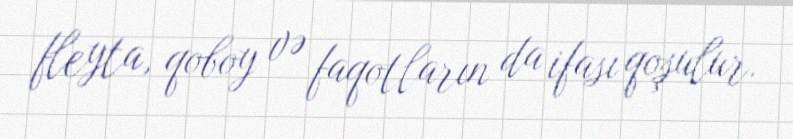
fleyta, qoboy və faqotların da ifası qoşulur.